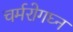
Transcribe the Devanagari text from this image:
चर्मरोगघ्न